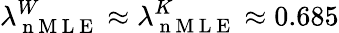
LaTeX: \lambda_{\mathrm{~n~M~L~E~}}^{W}\approx\lambda_{\mathrm{~n~M~L~E~}}^{K}\approx 0.685